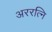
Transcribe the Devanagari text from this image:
अररत्नि